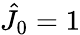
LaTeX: \hat{J}_{0}=1